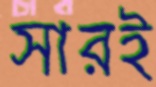
সারই